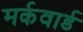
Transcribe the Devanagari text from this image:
मर्कवार्ड